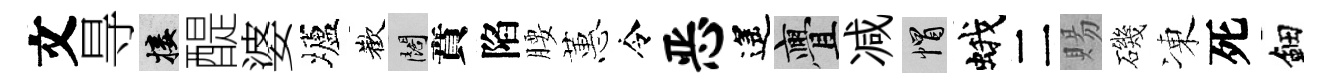
文㝵接醍婆壚歡闊賁陷腰蕙令恶遙亹减帽蛾二賜磯凍死鈿